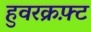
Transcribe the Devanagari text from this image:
हुवरक्रफ़्ट